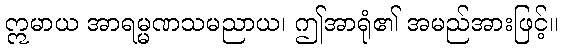
ဣမာယ အာရမ္မဏသမညာယ၊ ဤအာရုံ၏ အမည်အားဖြင့်။